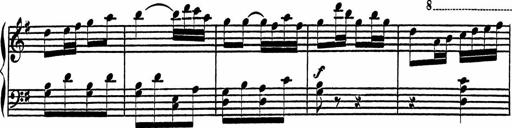
Title: 4 Piano Sonatinas
Composer: Adam Geibel